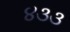
૪૩૩